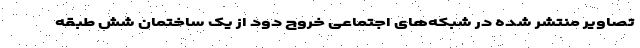
تصاویر منتشر شده در شبکه‌های اجتماعی خروج دود از یک ساختمان شش طبقه